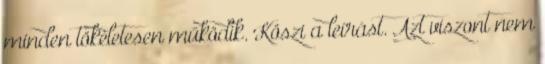
minden tökéletesen működik. Köszi a leírást. Azt viszont nem